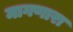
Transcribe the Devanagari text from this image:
मागणारा